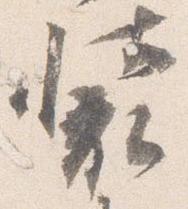
装